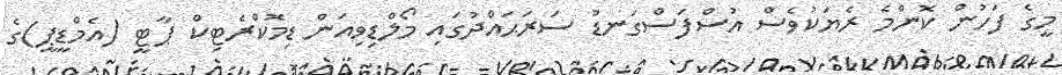
މީގެ ފަހުން ކޮންމެ ރެޔަކުވެސް އުސްފަސްގަނޑު ސަރަޙައްދުގައި މޯލްޑިވިއަން ޑިމޮކްރެޓިކް ޕާޓީ (އެމްޑީޕީ)ގެ